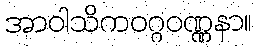
အာဝါသိကဝဂ္ဂဝဏ္ဏနာ။